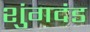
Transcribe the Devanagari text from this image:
शुंगदंड